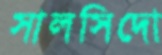
সালসিদো